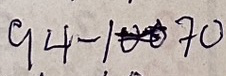
94 - 70